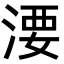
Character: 㴗